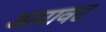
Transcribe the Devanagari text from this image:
अमावट